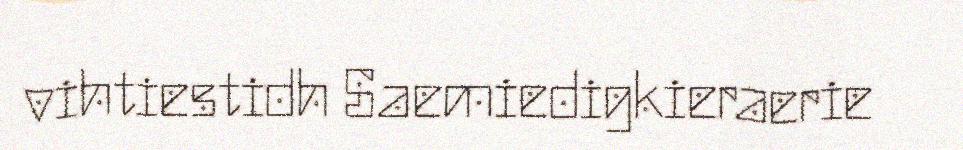
vihtiestidh Saemiedigkieraerie